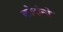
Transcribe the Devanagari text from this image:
कोर्दानो